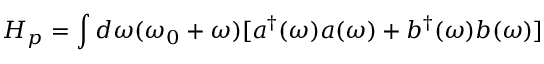
H _ { p } = \int d \omega ( \omega _ { 0 } + \omega ) [ a ^ { \dagger } ( \omega ) a ( \omega ) + b ^ { \dagger } ( \omega ) b ( \omega ) ]